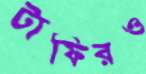
টাফিরও